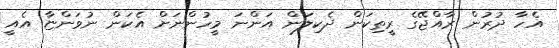
އެހާ ދުރުން ރާއްޖޭގެ ރީތިކަން ދެކިލަން އަންނަ މީހުންނަށް އެކަން ނުވަންޏާ އެއީ